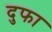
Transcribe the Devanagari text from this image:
दुफा